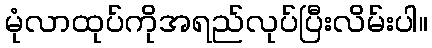
မုံလာထုပ်ကိုအရည်လုပ်ပြီးလိမ်းပါ။